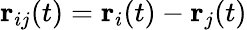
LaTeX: {\mathbf r}_{ij}(t)={\mathbf r}_{i}(t)-{\mathbf r}_{j}(t)